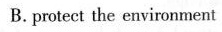
B. protect the environment